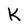
Character: k